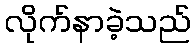
လိုက်နာခဲ့သည်